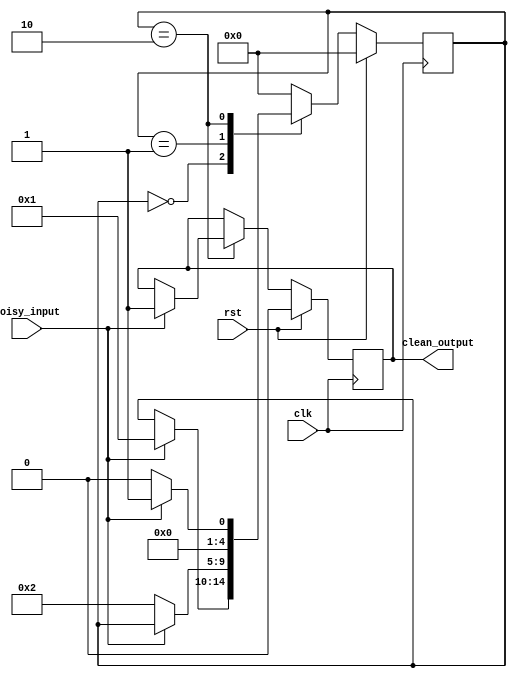
module debounce_circuit (
    input clk,
    input rst,
    input noisy_input,
    output reg clean_output
);

parameter DEBOUNCE_CYCLES = 5;

reg [DEBOUNCE_CYCLES-1:0] state;

always @(posedge clk) begin
    if(rst) begin
        state <= 0;
        clean_output <= 0;
    end else begin
        case(state)
            0: if(noisy_input) state <= 1;
            1: if(!noisy_input) state <= 2;
            2: if(noisy_input) begin
                    state <= 1;
                    clean_output <= 1;
                end
                else
                    state <= 0;
            default: state <= 0;
        endcase
    end
end

endmodule